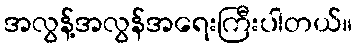
အလွန့်အလွန်အရေးကြီးပါတယ်။